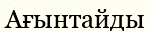
Ағынтайды